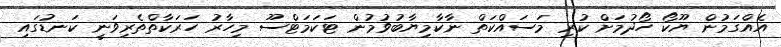
އެއްގަމުން ޔޫކޯ ހޯދުމަށް ކުރި މަސައްކަތް ނާކާމިޔާބުވުމުން ޓަކަމަޓްސޫ މިހާރު ހަރަކާތްތެރިވަނީ ކަނޑުގައި